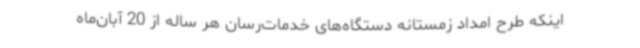
اینکه طرح امداد زمستانه دستگاه‌های خدمات‌رسان هر ساله از 20 آبان‌ماه